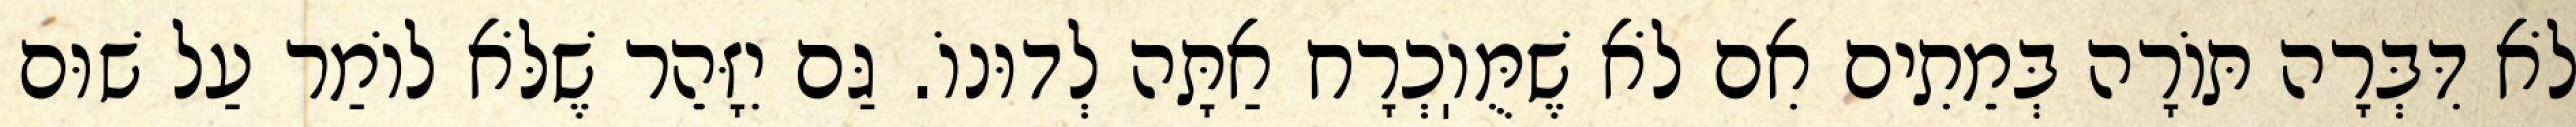
לֹא דִּבְּרָה תּוֹרָה בְּמֵתִים אִם לֹא שֶׁמֻּוֽכְרָח אַתָּה לְדוּנוֹ. גַּם יִזָּהֵר שֶׁלֹּא לוֹמַר עַל שׁוּם